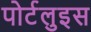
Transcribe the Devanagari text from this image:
पोर्टलुइस